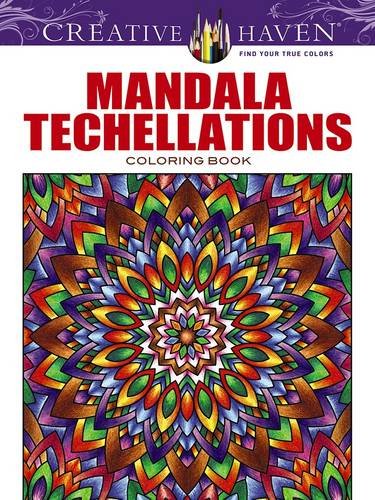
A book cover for Creative Haven Mandala Techellations Coloring Book (Creative Haven Coloring Books); John Wik; Arts & Photography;